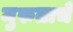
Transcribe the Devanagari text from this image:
मुरुताचे